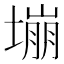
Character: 塴